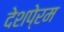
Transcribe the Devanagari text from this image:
देशपे्रम